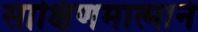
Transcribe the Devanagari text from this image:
साक्षिणमात्मानं